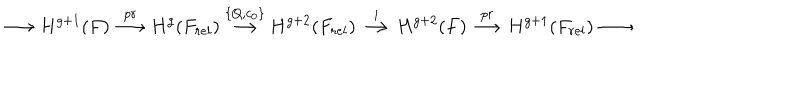
\longrightarrow H ^ { g + 1 } ( F ) \stackrel { p r } { \longrightarrow } H ^ { g } ( F _ { r e l } ) \stackrel { \{ Q , c _ { 0 } \} } { \longrightarrow } H ^ { g + 2 } ( F _ { r e l } ) \stackrel { i } \longrightarrow H ^ { g + 2 } ( F ) \stackrel { p r } { \longrightarrow } H ^ { g + 1 } ( F _ { r e l } ) \longrightarrow .